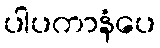
ပါပကာနံပေ